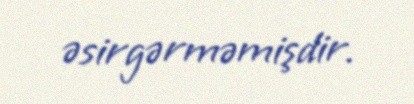
əsirgərməmişdir.